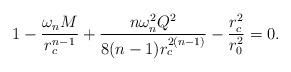
LaTeX: \begin{align*}1-\frac{\omega_n M}{r_c^{n-1}} +\frac{n\omega_n^2 Q^2}{8(n-1)r_c^{2(n-1)}} -\frac{r_c^2}{r_0^2}=0.\end{align*}